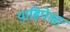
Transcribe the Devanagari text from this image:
याहिपेक्षा